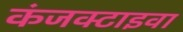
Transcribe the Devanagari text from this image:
कंजक्टाइवा